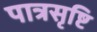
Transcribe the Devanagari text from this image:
पात्रसृष्टि